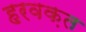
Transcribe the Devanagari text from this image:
हरवक़त